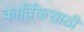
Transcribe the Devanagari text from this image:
कार्तिकसाठी